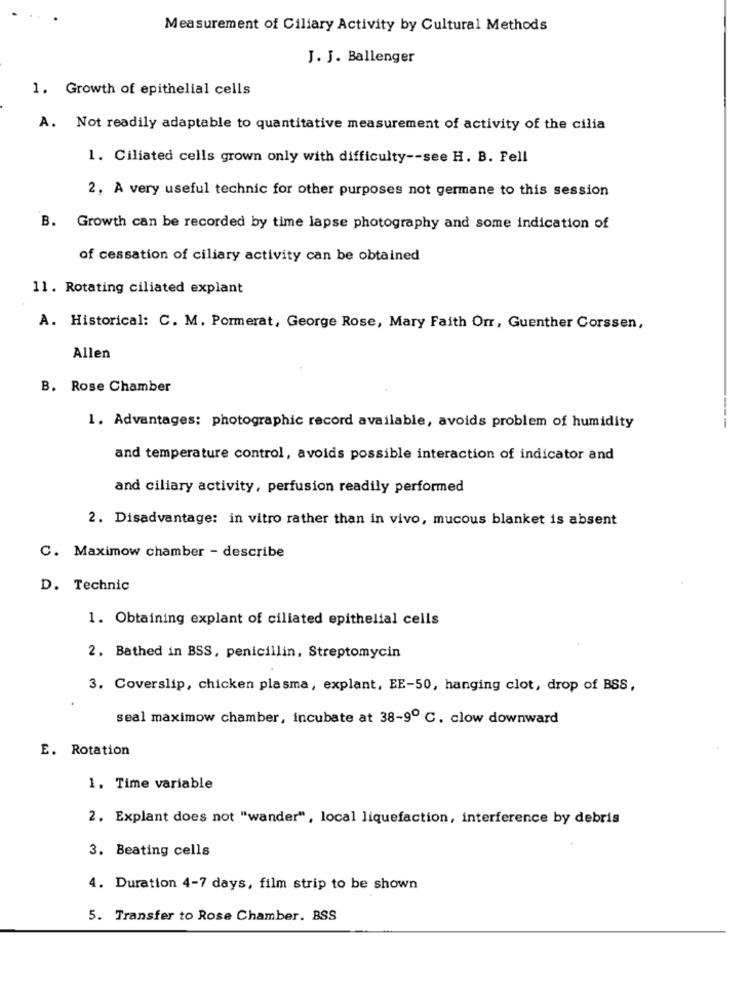
Measurement of Ciliary Activity by Cultural Methods
J. J. Ballenger
1. Growth of epithelial cells
A. Not readily adaptable to quantitative measurement of activity of the cilia
1. Ciliated cells grown only with difficulty -- see H. B. Fell
2, A very useful technic for other purposes not germane to this session
B. Growth can be recorded by time lapse photography and some indication of
of cessation of ciliary activity can be obtained
11. Rotating ciliated explant
A. Historical: C. M. Pormerat, George Rose, Mary Faith Orr, Guenther Corssen,
Allen
B. Rose Chamber
1. Advantages: photographic record available, avoids problem of humidity
-----
and temperature control, avoids possible interaction of indicator and
and ciliary activity, perfusion readily performed
2. Disadvantage: in vitro rather than in vivo, mucous blanket is absent
C. Maximow chamber - describe
D. Technic
1. Obtaining explant of ciliated epithelial cells
2. Bathed in BSS, penicillin, Streptomycin
3. Coverslip, chicken plasma, explant, EE-50, hanging clot, drop of BSS,
seal maximow chamber, incubate at 38-9º C. clow downward
E. Rotation
1. Time variable
2. Explant does not "wander", local liquefaction, interference by debris
3. Beating cells
4. Duration 4-7 days, film strip to be shown
5. Transfer to Rose Chamber. BSS